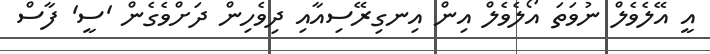
އީ އޭލެވެލް ނުވަތަ އޯލެވެލް އިން އިނގިރޭސިއާއި ދިވެހިން ދަށްވެގެން 'ސީ' ފާސް